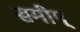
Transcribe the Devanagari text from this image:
समीप्